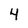
Character: 4